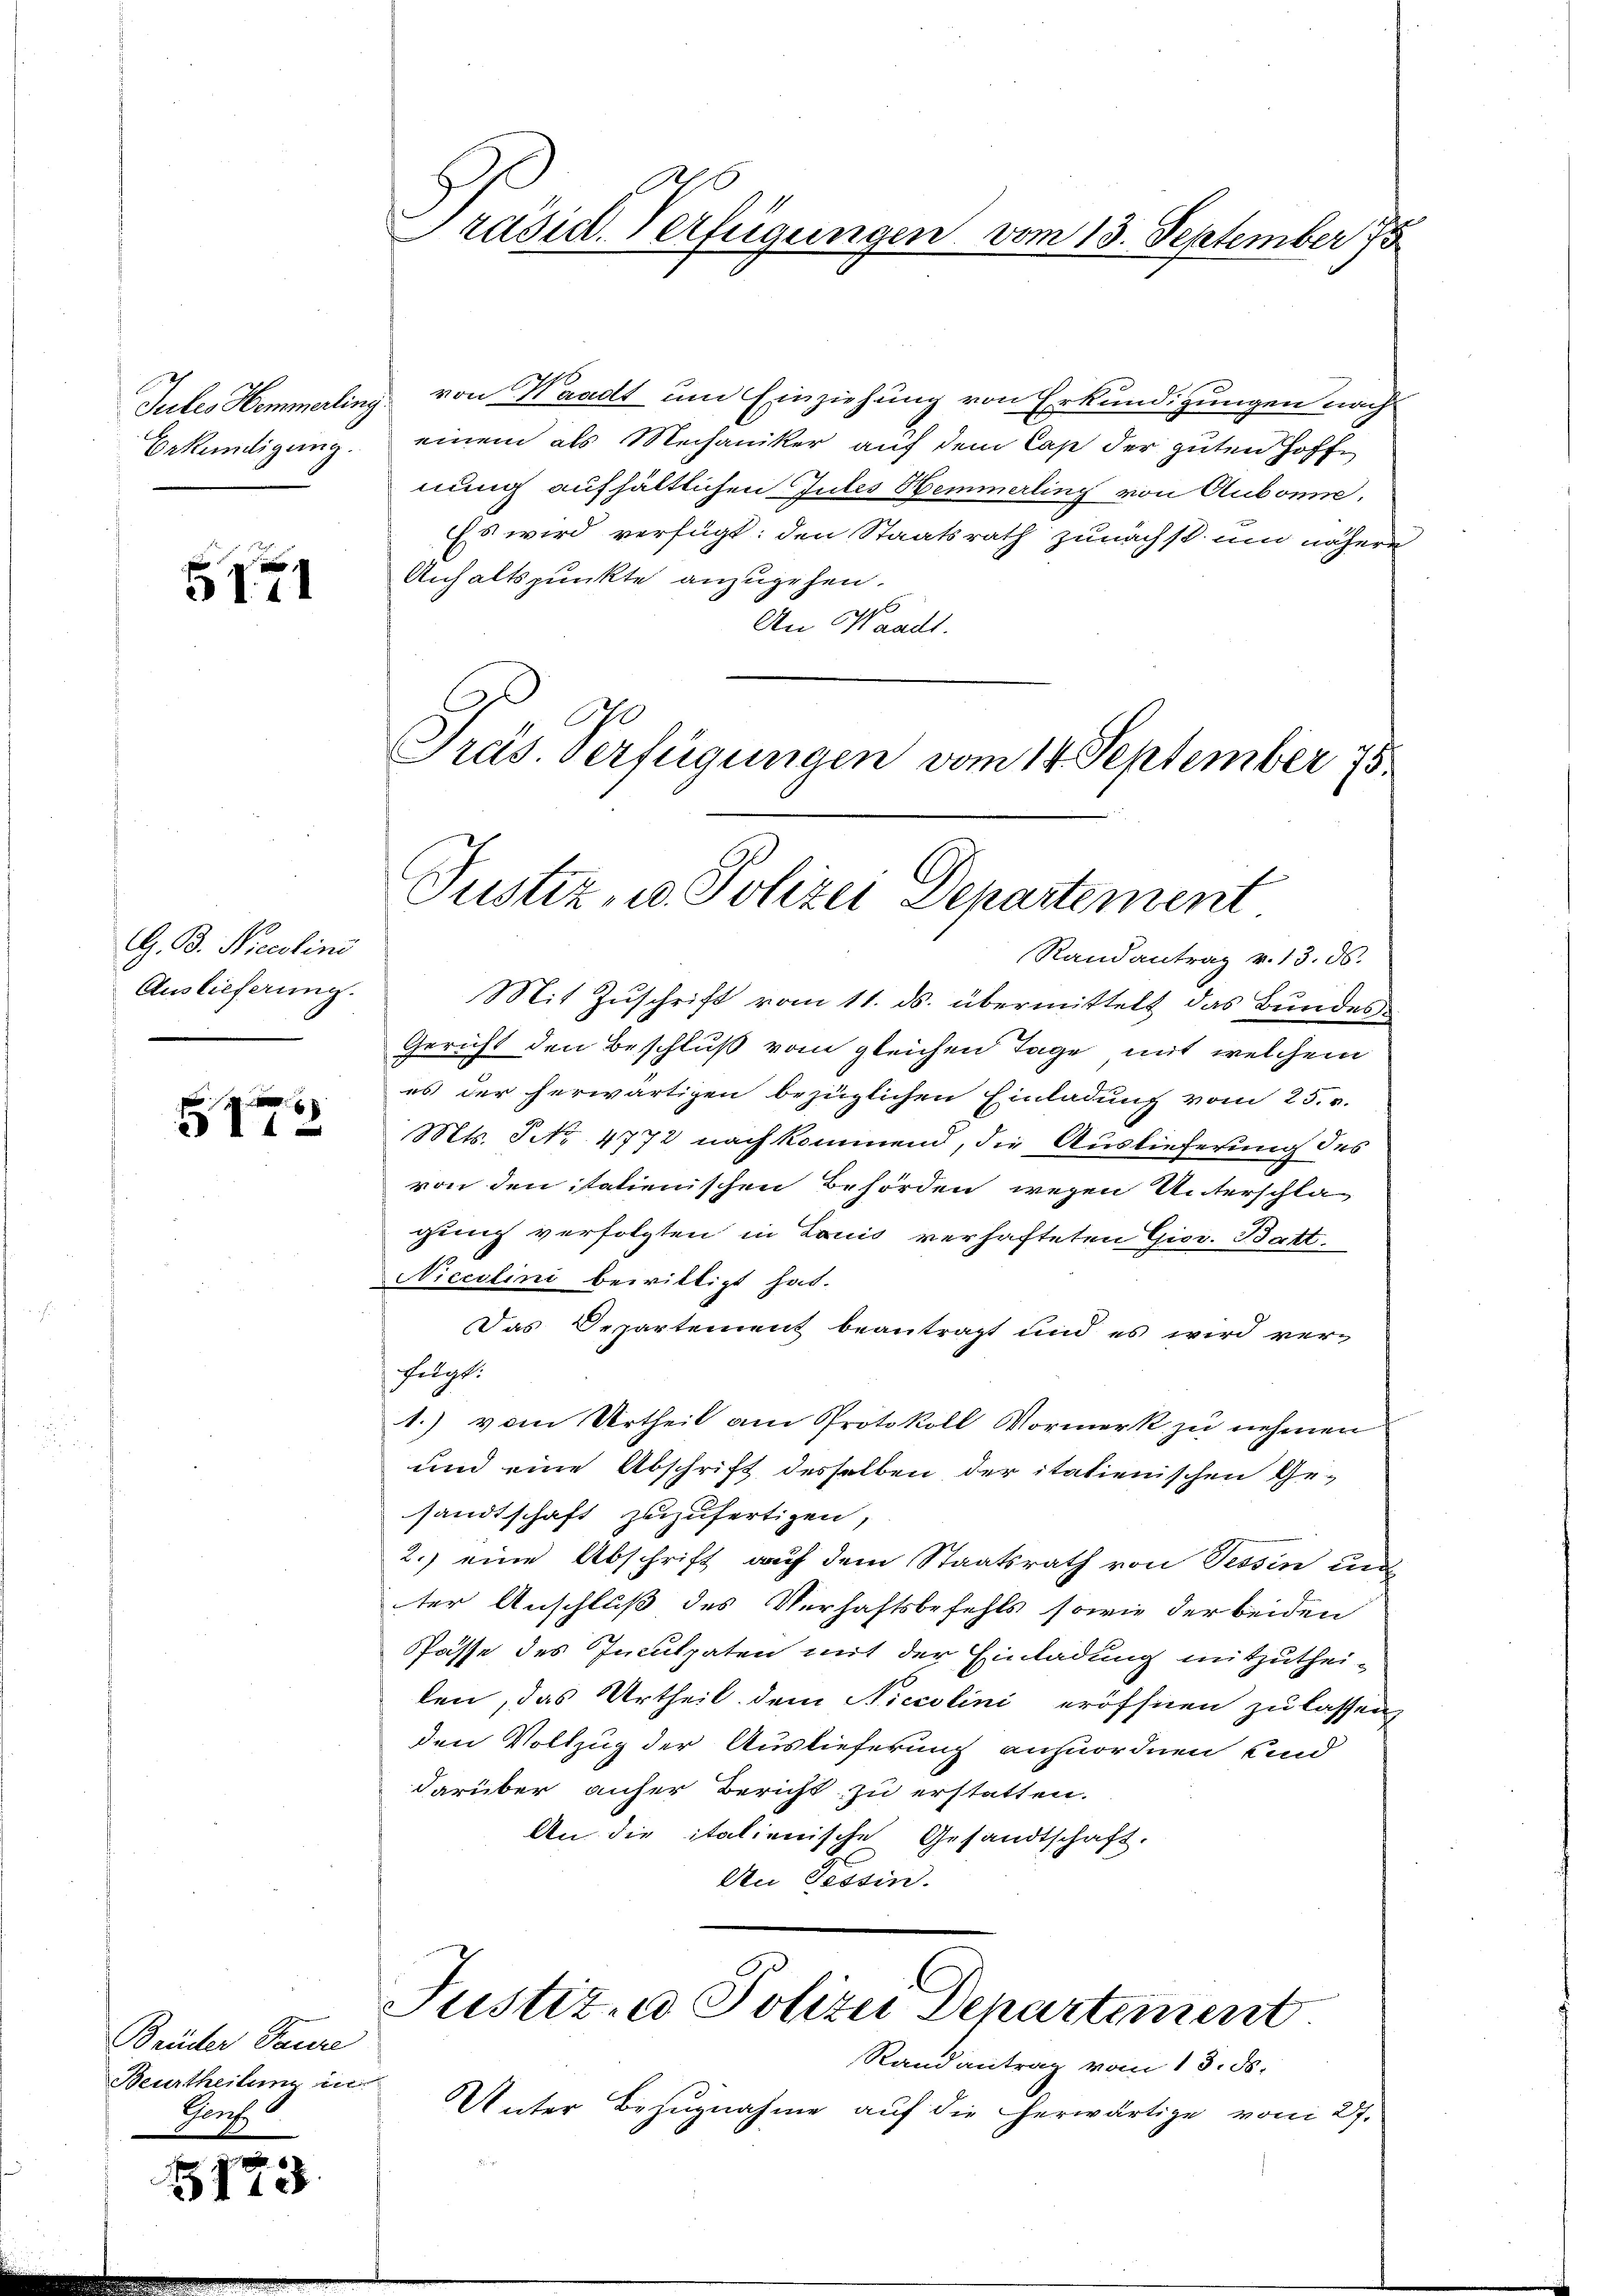
Bekündigung.

5171

G. B. Nicolini
Auslieferung.

6
511

Brüder Taure
Beurtheilung in
Gan

11

2

Präsid. Verfügungen vom 13. September 15

Tutes Hemmerling von Waadt um Einziehung von Erkundigungen nach
einem als Mechaniker auf dem Cap der guten Hoffe
nung aufhältlichen Gutes Hemmerling von Aubonn,
Es wird verfügt: den Staatsrath zunächst und nähere
Anhaltspunkte anzugehen.
An Waadt.
G
Präs. verfügungen vom 14. September 75

Justiz, u. Polizei Departement

Randantrag v. 13. ds.
Mit Zuschrift vom 11. ds. übermittelt das Bundes
Gericht den Beschluß vom gleichen Tage, mit welchem
es der herwärtigen bezüglichen Einladung vom 25. v.
Mts. No 4772 nach kommend, die Auslieferung des
von den italienischen Behörden wegen Unterschlagung verfolgten in Louis verhafteten Gior. Batt
Niccolini bewilligt hat.
Das Departement beantragt und es wird verfolgt.
1.) vom Urtheil am Protokoll Vormerk zu nehmen
und eine Abschrift desselben der itatienischen Gesandtschaft zuzufertigen,
2.) eine Abschrift auf dem Staatsrath von Tessin un
ter Anschluß des Verhaftsbefehls sowie der beiden
Pässe des Inculpaten mit der Einladung mitzuthei-
len, das Urtheil dem Niccolini eröffnen zu lassen,
den Vollzug der Auslieferung anzuordnen und
darüber anher Bericht zu erstatten.
An die italienische Gesandtschaft.
An Tessin.

Justiz, Polizei Departement

Randantrag vom 13. ds.
Unter Bezugnahme auf die herwärtige vom 27.